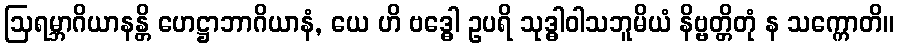
ဩရမ္ဘာဂိယာနန္တိ ဟေဋ္ဌာဘာဂိယာနံ, ယေ ဟိ ဗဒ္ဓေါ ဥပရိ သုဒ္ဓါဝါသဘူမိယံ နိဗ္ဗတ္တိတုံ န သက္ကောတိ။